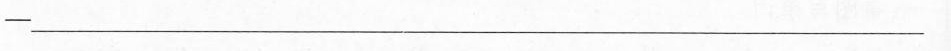
-______